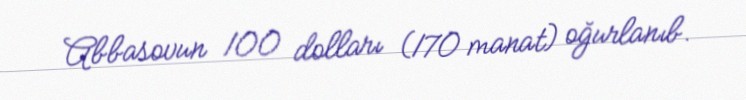
Abbasovun 100 dolları (170 manat) oğurlanıb.